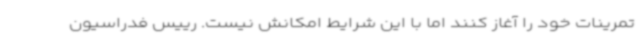
تمرینات خود را آغاز کنند اما با این شرایط امکانش نیست. رییس فدراسیون